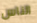
الناس